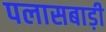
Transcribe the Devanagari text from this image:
पलासबाड़ी